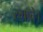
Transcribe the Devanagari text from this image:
रमावे।